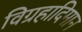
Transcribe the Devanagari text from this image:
विग्रहादिमान